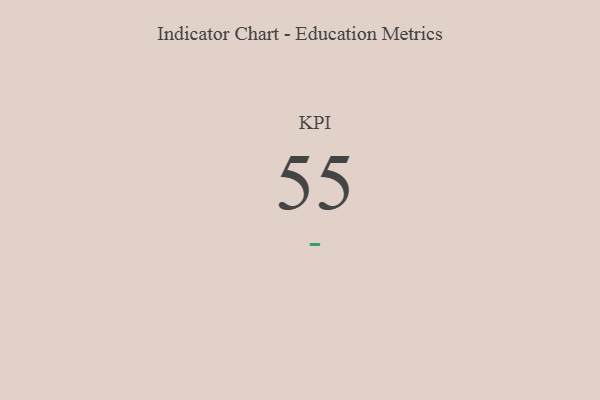
{"axis": {"x": "KPI", "y": "Value"}, "legend": [""], "data": [{"x": "KPI", "y": 55, "type": ""}]}